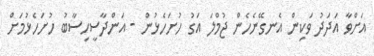
އަށްވާ އަދަދު ވަކިން އެނގޭނެހެން ޖުމްލަ އަގު ހުށަހެޅުން - އަންދާސީހިސާބު ހުށަހެޅުމަށް